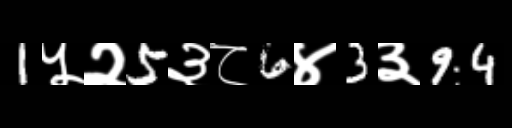
Text: 1५२5३८6४3३94